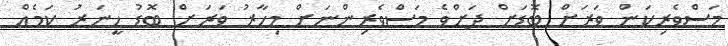
މަސްވެރިކަން ވަރަށް ބޮޑަށް ދަށްވެ މަސްވެރިންނަށް މިހާރު ވަރަށް ބޮޑު ހީނަރު ކަމެއް